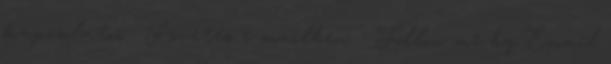
kapcsolatos . Követés e-mailben Follow me by Email